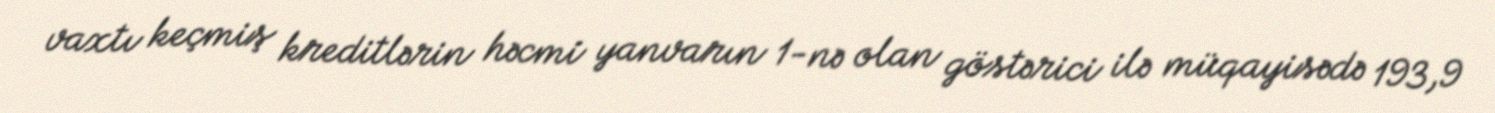
vaxtı keçmiş kreditlərin həcmi yanvarın 1-nə olan göstərici ilə müqayisədə 193,9